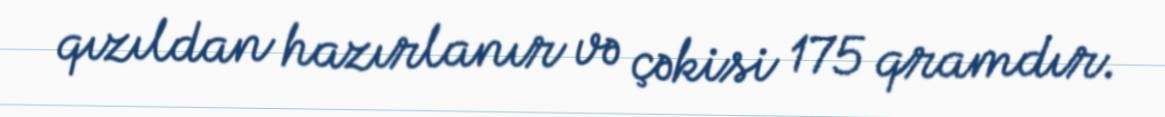
qızıldan hazırlanır və çəkisi 175 qramdır.